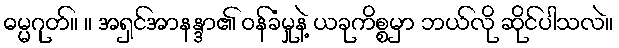
ဓမ္မဂုတ်။ ။ အရှင်အာနန္ဒာ၏ ဝန်ခံမှုနဲ့ ယခုကိစ္စမှာ ဘယ်လို ဆိုင်ပါသလဲ။